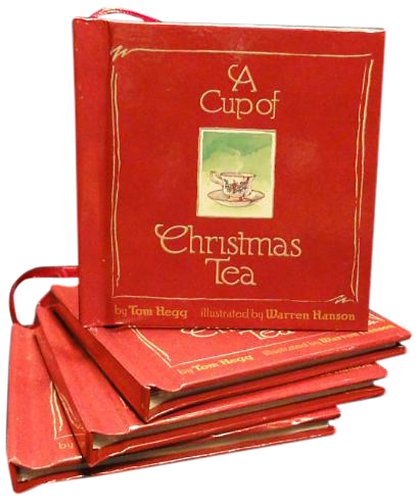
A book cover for A Cup of Christmas Tea; Tom Hegg; Literature & Fiction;